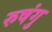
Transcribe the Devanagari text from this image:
रुषंगु